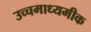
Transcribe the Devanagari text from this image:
उच्चमाध्यमीक